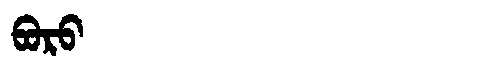
Manchu: ᠪᠣᡵᠣ
Romanization: BORO